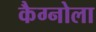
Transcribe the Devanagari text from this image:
कैग्नोला